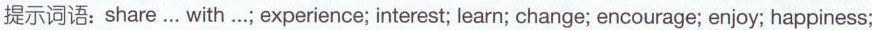
提示词语：share… with…；experience；interest；learn；change；encourage；enjoy；happiness；